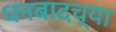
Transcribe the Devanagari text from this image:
धनबादच्या